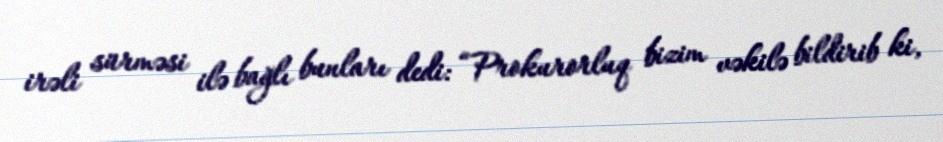
irəli sürməsi ilə bağlı bunları dedi: “Prokurorluq bizim vəkilə bildirib ki,